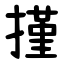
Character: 㨷